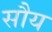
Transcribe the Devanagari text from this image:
सौय